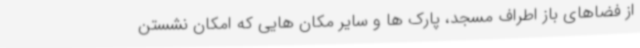
از فضاهای باز اطراف مسجد، پارک ها و سایر مکان هایی که امکان نشستن